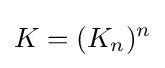
K=(K_{n})^{n}